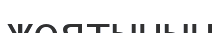
жоятынын